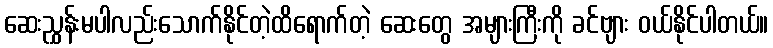
ဆေးညွှန်းမပါလည်းသောက်နိုင်တဲ့ထိရောက်တဲ့ ဆေးတွေ အများကြီးကို ခင်ဗျား ဝယ်နိုင်ပါတယ်။